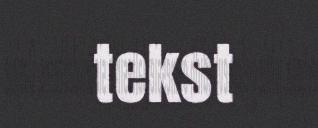
tekst